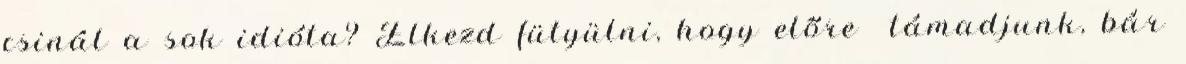
csinál a sok idióta? Elkezd fütyülni, hogy előre támadjunk, bár